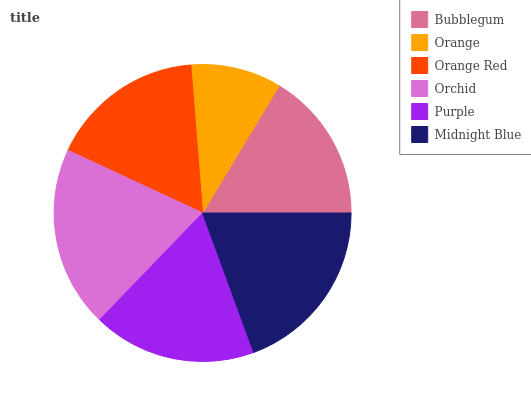
| Bubblegum | Orange | Orange Red | Orchid | Purple | Midnight Blue |
 | --- | --- | --- | --- | --- | --- |
 | 16.4% | 9.87% | 16.8% | 19.7% | 17.8% | 19.4% |